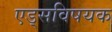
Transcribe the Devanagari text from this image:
एड्‌सविषयक